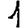
Digit: 1